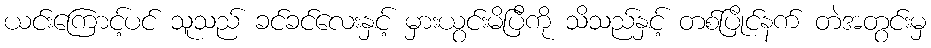
ယင်းကြောင့်ပင် သူသည် ခင်ခင်လေးနှင့် မှားယွင်းမိပြီကို သိသည်နှင့် တစ်ပြိုင်နက် တဲအတွင်းမှ